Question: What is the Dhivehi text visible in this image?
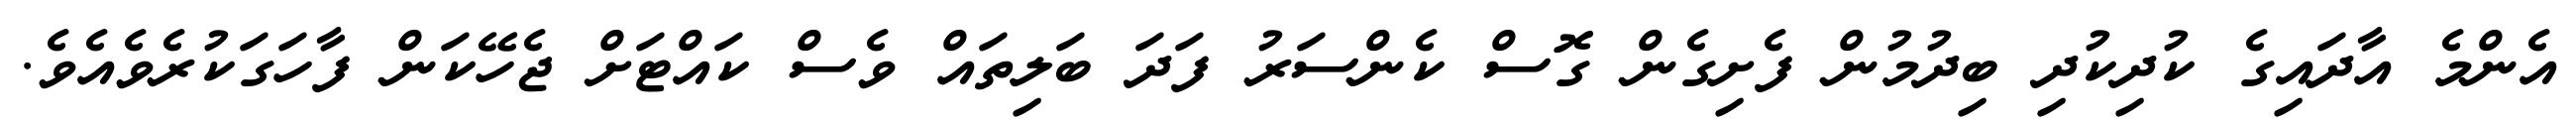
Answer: އެންމެ އާދައިގެ ކުދިކުދި ބިދުމުން ފެށިގެން ގޮސް ކެންސަރު ފަދަ ބަލިތައް ވެސް ކައްޓަށް ޖެހޭކަން ފާހަގަކުރެވެއެވެ.